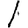
Digit: 1